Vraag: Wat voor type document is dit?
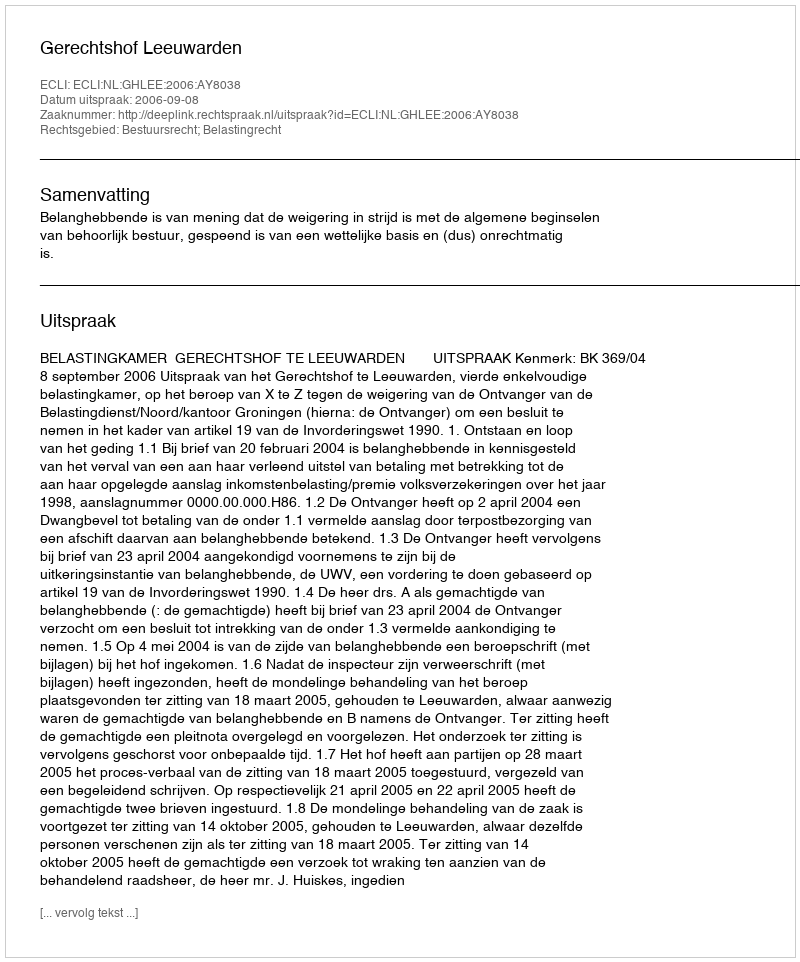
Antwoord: Uitspraak